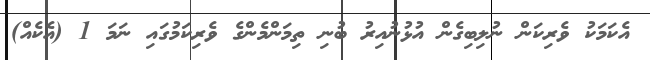
އެކަމަކު ވެރިކަން ނުލިބިގެން އުޅުނުއިރު ބުނި ތިމަންމެންގެ ވެރިކަމުގައި ނަމަ 1 (އެކެއް)